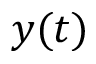
y ( t )